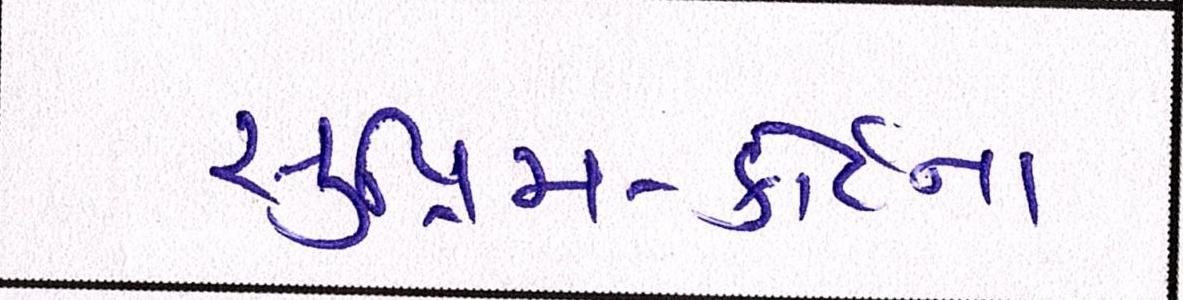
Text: સુપ્રીમકોર્ટના